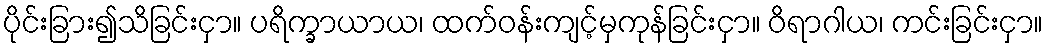
ပိုင်းခြား၍သိခြင်းငှာ။ ပရိက္ခာယာယ၊ ထက်ဝန်းကျင့်မှကုန်ခြင်းငှာ။ ဝိရာဂါယ၊ ကင်းခြင်းငှာ။